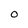
Character: O